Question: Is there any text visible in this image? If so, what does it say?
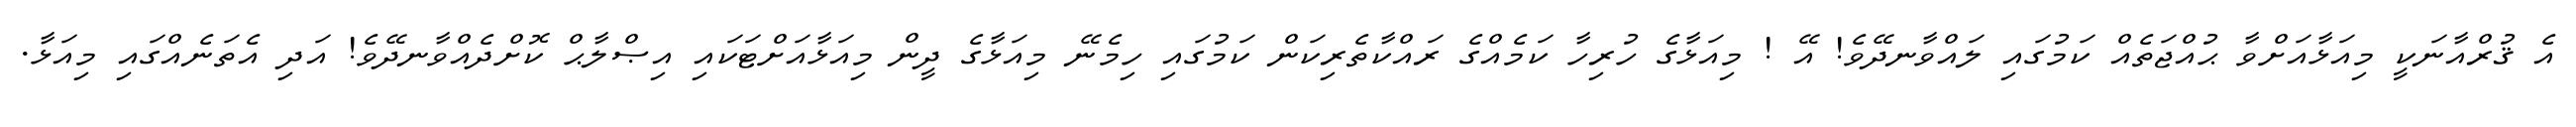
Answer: އެ ޤުރްއާނަކީ މިއަޅާއަށްވާ ޙުއްޖަތެއް ކަމުގައި ލައްވާނދޭވެ! އޭ ! މިއަޅާގެ ހުރިހާ ކަމެއްގެ ރައްކާތެރިކަން ކަމުގައި ހިމެނޭ މިއަޅާގެ ދީން މިއަޅާއަށްޓަކައި އިޞްލާޙް ކޮށްދެއްވާނދޭވެ! އަދި އެތަނެއްގައި މިއަޅާ.